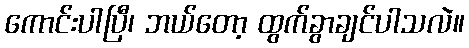
ကောင်းပါပြီ၊ ဘယ်တော့ ထွက်ခွာချင်ပါသလဲ။